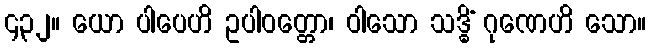
၄၃၂။ ယော ပါပေဟိ ဥပါဝတ္တော၊ ဝါသော သဒ္ဓိံ ဂုဏေဟိ သော။